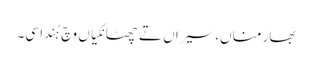
بھار مناں، سیراں تے چھٹانکیاں وچ ہُندا سی۔